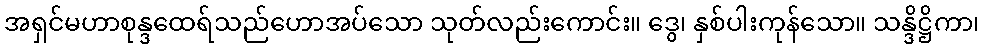
အရှင်မဟာစုန္ဒထေရ်သည်ဟောအပ်သော သုတ်လည်းကောင်း။ ဒွေ၊ နှစ်ပါးကုန်သော။ သန္ဒိဋ္ဌိကာ၊